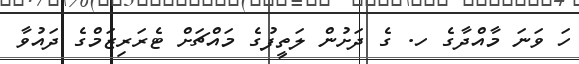
ހަ ވަނަ މާއްދާގެ ހ. ގެ ދަށުން ލަތީފުގެ މައްޗަށް ޓެރަރިޒަމްގެ ދައުވާ